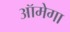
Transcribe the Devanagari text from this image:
ऑमेगा